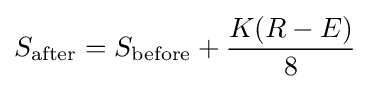
S_{\text{after}}=S_{\text{before}}+{K(R-E) \over 8}